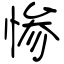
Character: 惨